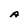
Character: A